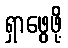
ရှာဖွေဖို့